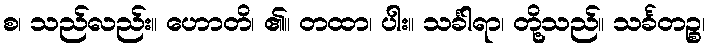
စ၊ သည်လည်း။ ဟောတိ၊ ၏။ တထာ၊ ပါး။ သင်္ခါရာ၊ တို့သည်။ သင်္ခတဉ္စ၊